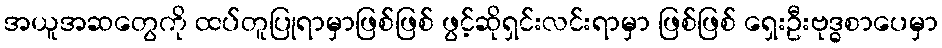
အယူအဆတွေကို ထပ်တူပြုရာမှာဖြစ်ဖြစ် ဖွင့်ဆိုရှင်းလင်းရာမှာ ဖြစ်ဖြစ် ရှေးဦးဗုဒ္ဓစာပေမှာ